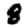
Digit: 8